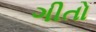
ગીતો